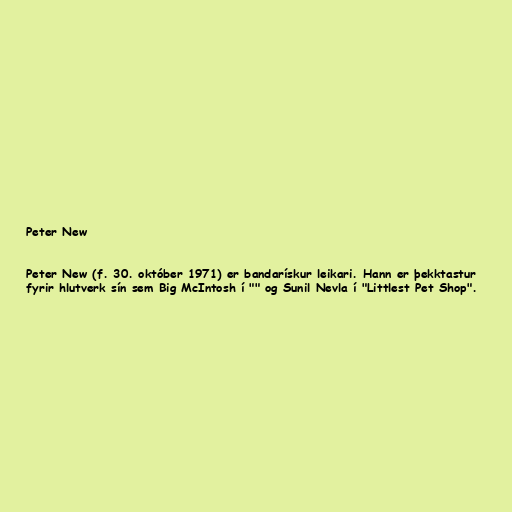
Peter New

Peter New (f. 30. október 1971) er bandarískur leikari. Hann er þekktastur
fyrir hlutverk sín sem Big McIntosh í "" og Sunil Nevla í "Littlest Pet Shop".